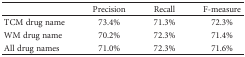
<table><thead><tr><td></td><td><b>Precision</b></td><td><b>Recall</b></td><td><b>F-measure</b></td></tr></thead><tbody><tr><td>TCM drug name</td><td>73.4%</td><td>71.3%</td><td>72.3%</td></tr><tr><td>WM drug name</td><td>70.2%</td><td>72.3%</td><td>71.4%</td></tr><tr><td>All drug names</td><td>71.0%</td><td>72.3%</td><td>71.6%</td></tr></tbody></table>